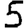
Digit: 5